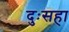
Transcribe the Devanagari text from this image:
दुःसहा